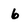
Character: 6